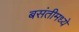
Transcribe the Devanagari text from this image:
बसंतीमध्ये